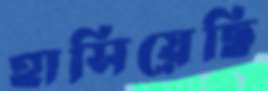
হাসিয়েছি